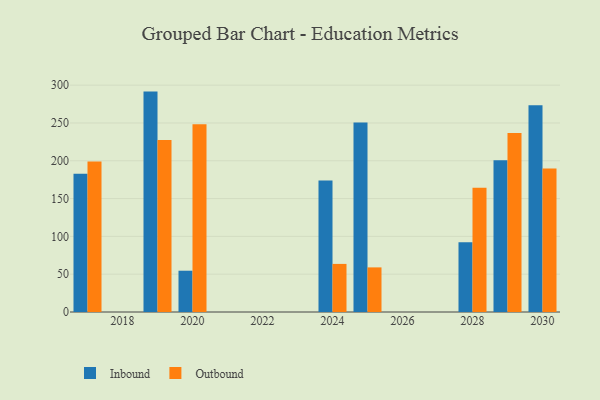
{"axis": {"x": "Year", "y": "Population (Million)"}, "legend": ["Inbound", "Outbound"], "data": [{"x": "2028", "y": 92.3, "type": "Inbound"}, {"x": "2028", "y": 164.4, "type": "Outbound"}, {"x": "2020", "y": 54.6, "type": "Inbound"}, {"x": "2020", "y": 248.4, "type": "Outbound"}, {"x": "2029", "y": 200.8, "type": "Inbound"}, {"x": "2029", "y": 236.8, "type": "Outbound"}, {"x": "2025", "y": 250.5, "type": "Inbound"}, {"x": "2025", "y": 59.0, "type": "Outbound"}, {"x": "2030", "y": 273.6, "type": "Inbound"}, {"x": "2030", "y": 189.7, "type": "Outbound"}, {"x": "2024", "y": 173.9, "type": "Inbound"}, {"x": "2024", "y": 63.6, "type": "Outbound"}, {"x": "2019", "y": 291.5, "type": "Inbound"}, {"x": "2019", "y": 227.6, "type": "Outbound"}, {"x": "2017", "y": 182.7, "type": "Inbound"}, {"x": "2017", "y": 199.0, "type": "Outbound"}]}